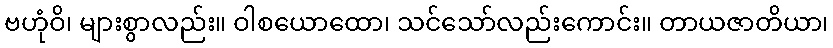
ဗဟုံဝိ၊ များစွာလည်း။ ဝါစယောထော၊ သင်သော်လည်းကောင်း။ တာယဇာတိယာ၊